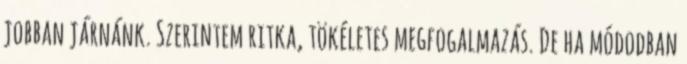
jobban járnánk. Szerintem ritka, tökéletes megfogalmazás. De ha módodban